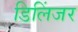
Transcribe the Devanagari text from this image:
डिलिंजर